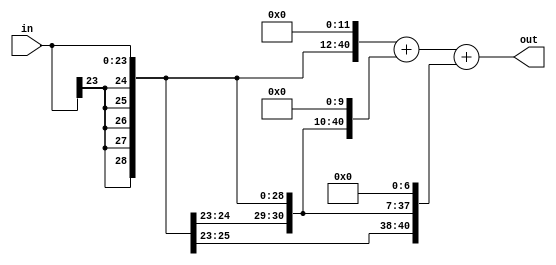
module b1_512(in,out);
input[23:0]in;
output[40:0]out;

wire[40:0]in_1;
wire[40:0]in_2;
wire[40:0]in_3;

//25+1,16
assign in_1[40:0]={{5{in[23]}},in[23:0],{12{1'b0}}};//>>4
assign in_2[40:0]={{7{in[23]}},in[23:0],{10{1'b0}}};//>>6
assign in_3[40:0]={{10{in[23]}},in[23:0],{7{1'b0}}};//>>9

assign out[40:0]=in_1[40:0]+in_2[40:0]+in_3[40:0];
endmodule